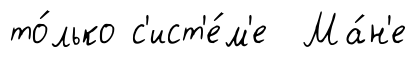
то́лько с'ист'е́м'е Ма́н'е